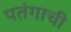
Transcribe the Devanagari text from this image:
पतंगाची